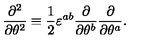
\frac { \partial ^ { 2 } } { \partial \theta ^ { 2 } } \equiv \frac { 1 } { 2 } \varepsilon ^ { a b } \frac { \partial } { \partial \theta ^ { b } } \frac { \partial } { \partial \theta ^ { a } } .